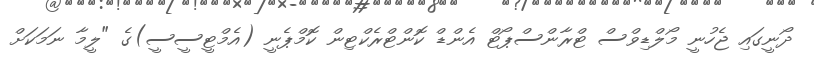
ދޯނީގައި ޖެހުނީ މޯލްޑިވްސް ޓްރާންސްޕޯޓް އެންޑް ކޮންޓްރެކްޓިން ކޮމްޕެނީ (އެމްޓީސީސީ)ގެ "ލީމާ ނަމަކަށް